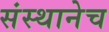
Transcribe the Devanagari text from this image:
संस्थानेच